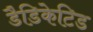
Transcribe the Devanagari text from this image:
डैडिकेटिड